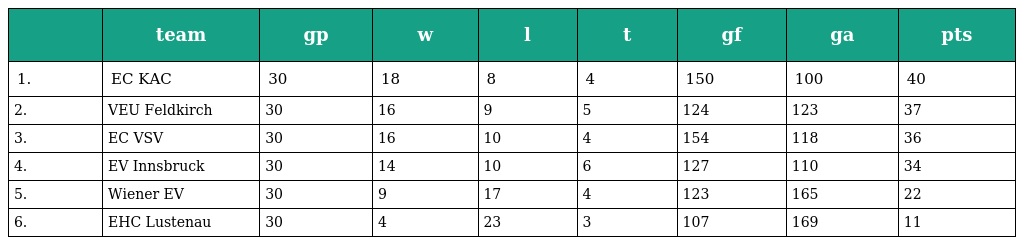
|  | team | gp | w | l | t | gf | ga | pts |
 | --- | --- | --- | --- | --- | --- | --- | --- | --- |
 | 1. | EC KAC | 30 | 18 | 8 | 4 | 150 | 100 | 40 |
 | 2. | VEU Feldkirch | 30 | 16 | 9 | 5 | 124 | 123 | 37 |
 | 3. | EC VSV | 30 | 16 | 10 | 4 | 154 | 118 | 36 |
 | 4. | EV Innsbruck | 30 | 14 | 10 | 6 | 127 | 110 | 34 |
 | 5. | Wiener EV | 30 | 9 | 17 | 4 | 123 | 165 | 22 |
 | 6. | EHC Lustenau | 30 | 4 | 23 | 3 | 107 | 169 | 11 |